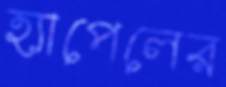
হ্যাপেলের